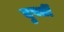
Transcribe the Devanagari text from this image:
दुपर्ती